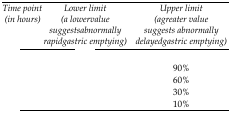
<table><thead><tr><td><b>Time point (in hours)</b></td><td><b>Lower limit (a lowervalue suggestsabnormally rapidgastric emptying)</b></td><td><b>Upper limit (agreater value suggests abnormally delayedgastric emptying)</b></td></tr></thead><tbody><tr><td>[EMPTY_CELL]</td><td>[EMPTY_CELL]</td><td>[EMPTY_CELL]</td></tr><tr><td>[EMPTY_CELL]</td><td>[EMPTY_CELL]</td><td>90%</td></tr><tr><td>[EMPTY_CELL]</td><td>[EMPTY_CELL]</td><td>60%</td></tr><tr><td>[EMPTY_CELL]</td><td>[EMPTY_CELL]</td><td>30%</td></tr><tr><td>[EMPTY_CELL]</td><td>[EMPTY_CELL]</td><td>10%</td></tr></tbody></table>